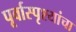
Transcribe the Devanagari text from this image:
पूर्वास्पृश्यांचा